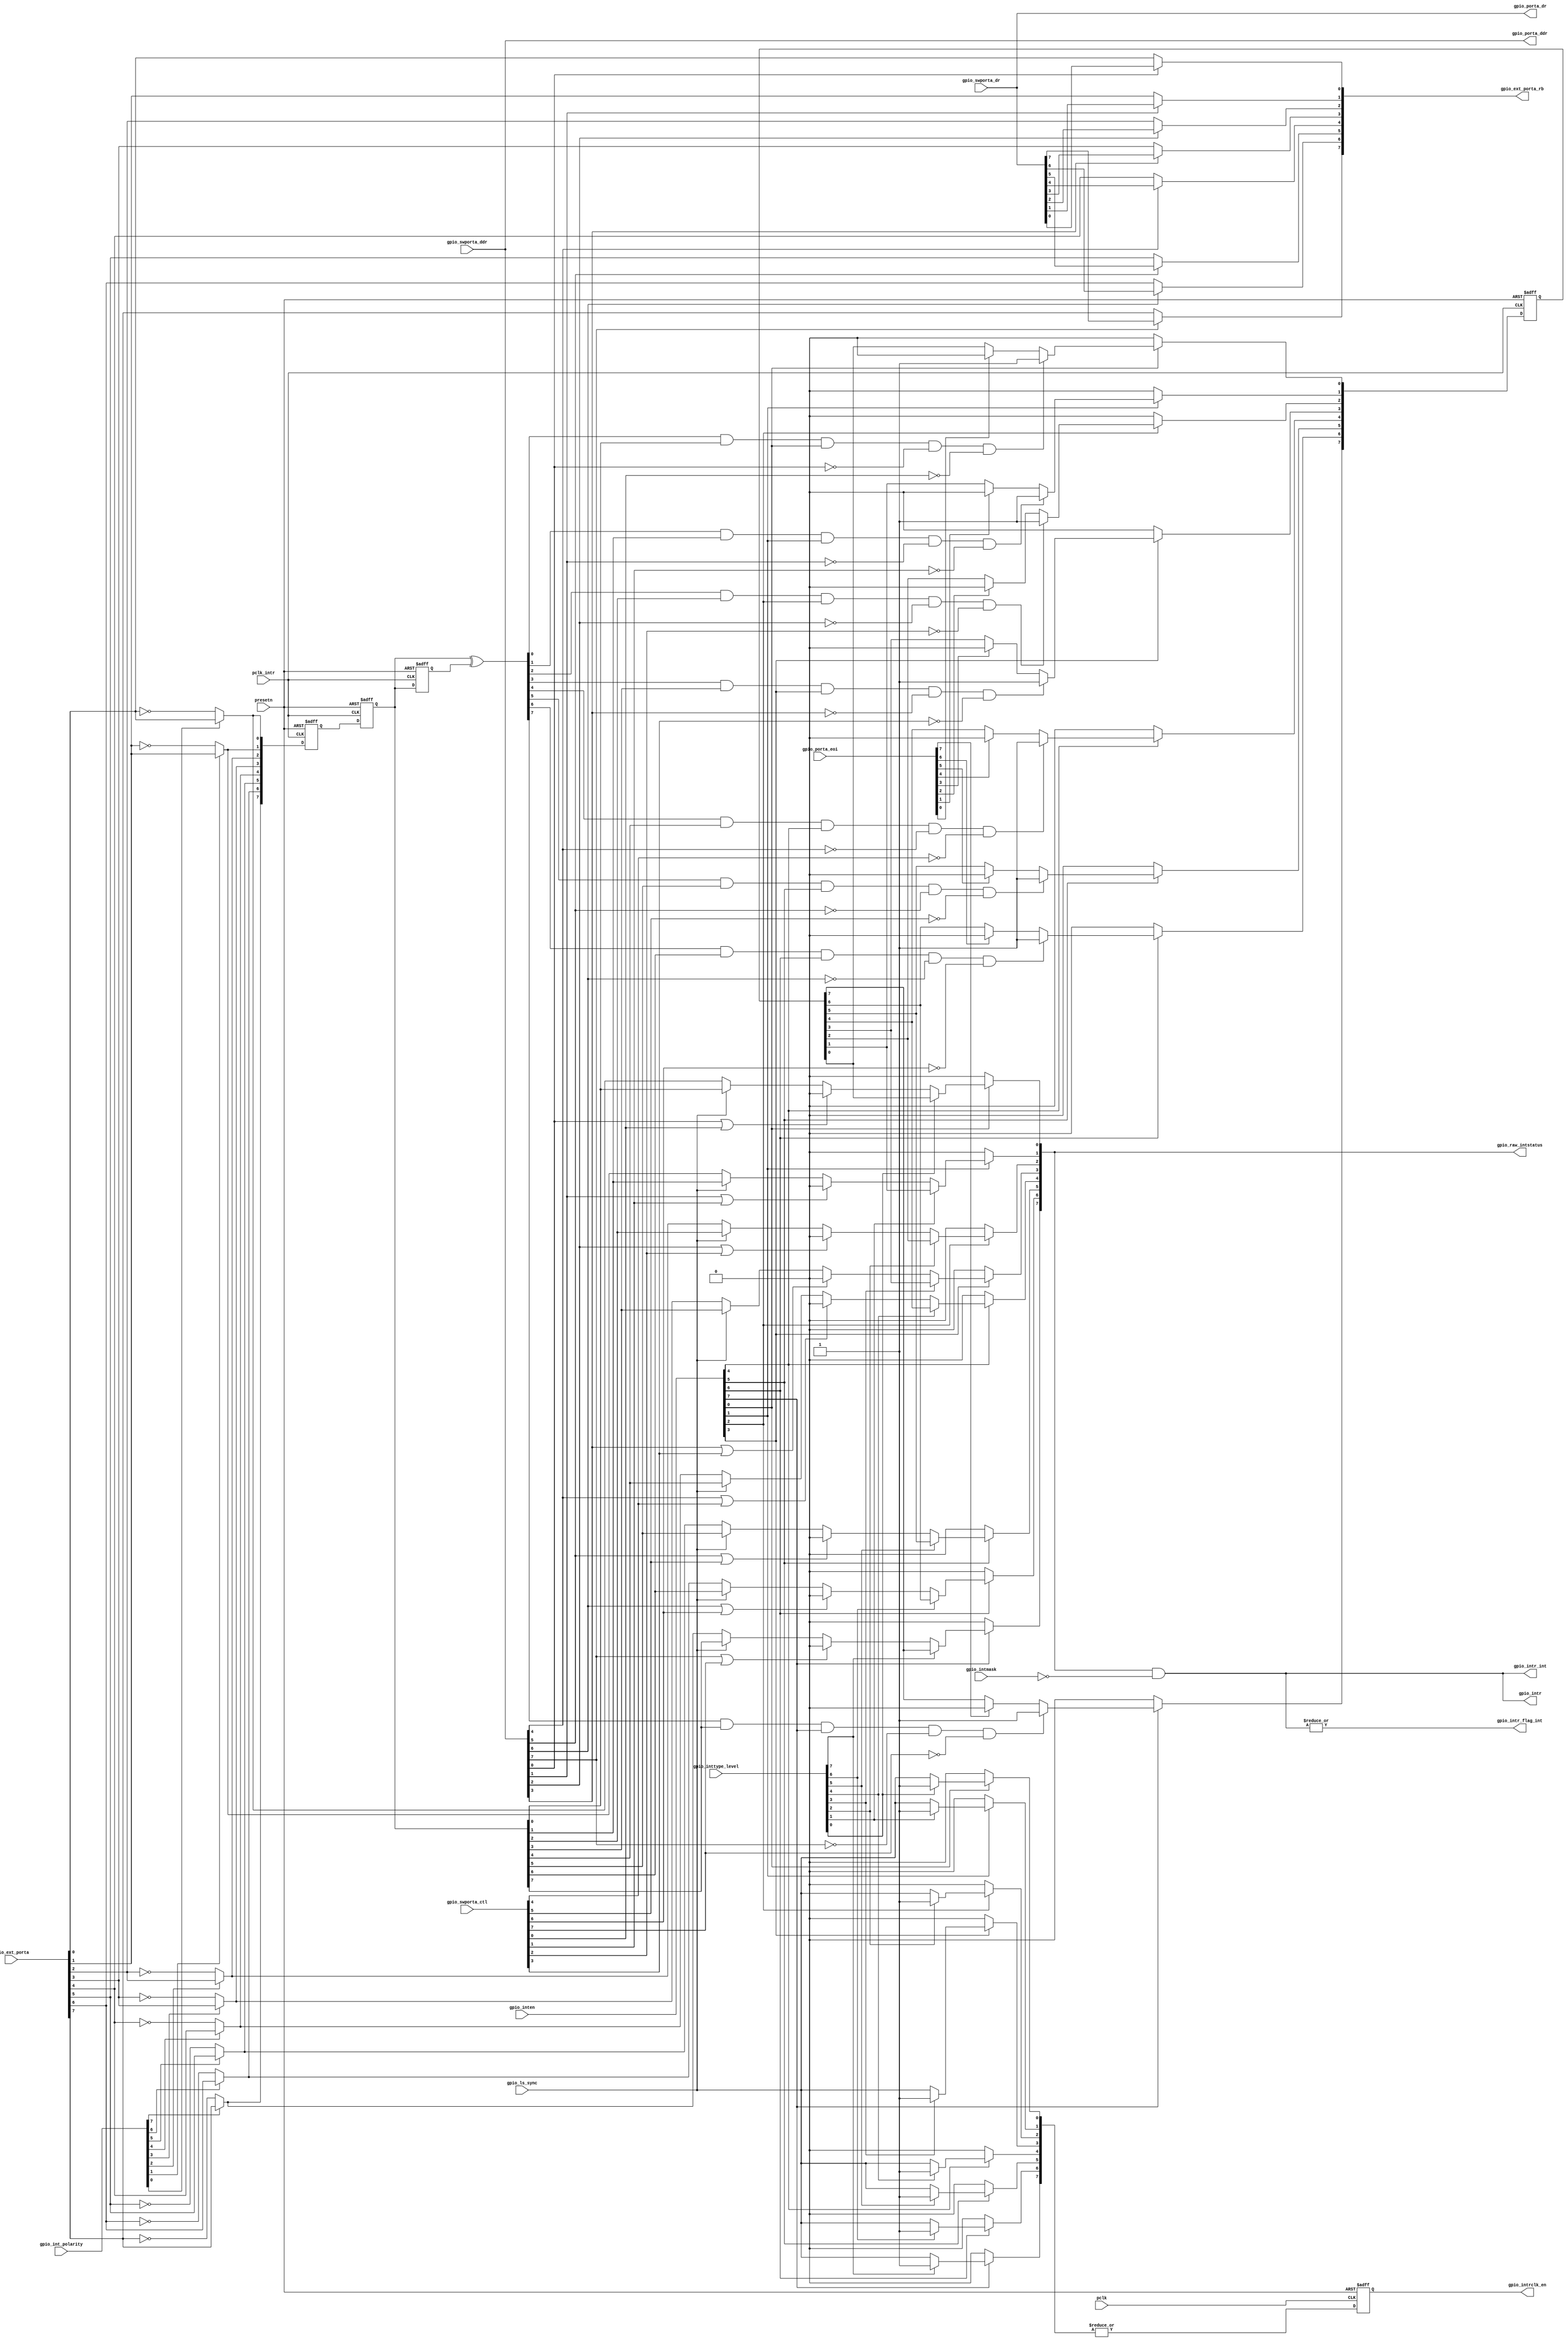
/*Copyright 2020-2021 T-Head Semiconductor Co., Ltd.

Licensed under the Apache License, Version 2.0 (the "License");
you may not use this file except in compliance with the License.
You may obtain a copy of the License at

    http://www.apache.org/licenses/LICENSE-2.0

Unless required by applicable law or agreed to in writing, software
distributed under the License is distributed on an "AS IS" BASIS,
WITHOUT WARRANTIES OR CONDITIONS OF ANY KIND, either express or implied.
See the License for the specific language governing permissions and
limitations under the License.
*/





















module gpio_ctrl(
  gpio_ext_porta,
  gpio_ext_porta_rb,
  gpio_int_polarity,
  gpio_inten,
  gpio_intmask,
  gpio_intr,
  gpio_intr_flag_int,
  gpio_intr_int,
  gpio_intrclk_en,
  gpio_inttype_level,
  gpio_ls_sync,
  gpio_porta_ddr,
  gpio_porta_dr,
  gpio_porta_eoi,
  gpio_raw_intstatus,
  gpio_swporta_ctl,
  gpio_swporta_ddr,
  gpio_swporta_dr,
  pclk,
  pclk_intr,
  presetn
);


input   [7:0]  gpio_ext_porta;           
input   [7:0]  gpio_int_polarity;        
input   [7:0]  gpio_inten;               
input   [7:0]  gpio_intmask;             
input   [7:0]  gpio_inttype_level;       
input          gpio_ls_sync;             
input   [7:0]  gpio_porta_eoi;           
input   [7:0]  gpio_swporta_ctl;         
input   [7:0]  gpio_swporta_ddr;         
input   [7:0]  gpio_swporta_dr;          
input          pclk;                     
input          pclk_intr;                
input          presetn;                  
output  [7:0]  gpio_ext_porta_rb;        
output  [7:0]  gpio_intr;                
output         gpio_intr_flag_int;       
output  [7:0]  gpio_intr_int;            
output         gpio_intrclk_en;          
output  [7:0]  gpio_porta_ddr;           
output  [7:0]  gpio_porta_dr;            
output  [7:0]  gpio_raw_intstatus;       


reg     [7:0]  ed_int_d1;                
reg     [7:0]  ed_out;                   
reg     [7:0]  gpio_ext_porta_int;       
reg     [7:0]  gpio_ext_porta_rb;        
reg     [7:0]  gpio_intr_ed_pm;          
reg            gpio_intrclk_en;          
reg     [7:0]  gpio_porta_ddr;           
reg     [7:0]  gpio_porta_dr;            
reg     [7:0]  int_gpio_raw_intstatus;   
reg     [7:0]  int_pre_in;               
reg     [7:0]  int_s1;                   
reg     [7:0]  int_sy_in;                
reg     [7:0]  intrclk_en;               
reg     [7:0]  ls_int_in;                


wire    [7:0]  ed_rf;                    
wire    [7:0]  gpio_ext_porta;           
wire    [7:0]  gpio_int_polarity;        
wire    [7:0]  gpio_inten;               
wire    [7:0]  gpio_intmask;             
wire    [7:0]  gpio_intr;                
wire           gpio_intr_flag_int;       
wire    [7:0]  gpio_intr_int;            
wire           gpio_intrclk_en_int;      
wire    [7:0]  gpio_inttype_level;       
wire           gpio_ls_sync;             
wire    [7:0]  gpio_porta_eoi;           
wire    [7:0]  gpio_raw_intstatus;       
wire    [7:0]  gpio_swporta_ctl;         
wire    [7:0]  gpio_swporta_ctl_internal; 
wire    [7:0]  gpio_swporta_ddr;         
wire    [7:0]  gpio_swporta_dr;          
wire    [7:0]  int_in;                   
wire           pclk;                     
wire           pclk_intr;                
wire           presetn;                  












integer type_i;

always @( gpio_inttype_level[1:0]
       or gpio_ls_sync
       or gpio_inten[7:0]
       or gpio_inttype_level[7:1])
begin

  for(type_i = 0 ; type_i < 8 ; type_i=type_i+1)
  begin
    if(gpio_inten[type_i] == 1'b1)
      if(gpio_inttype_level[type_i] == 1'b1)
        intrclk_en[type_i] = 1'b1;
      else
        intrclk_en[type_i] = gpio_ls_sync;
    else
      intrclk_en[type_i] = 1'b0;
  end

end

assign gpio_intrclk_en_int = | intrclk_en;

always@(posedge pclk or negedge presetn)
begin
  if(!presetn)
    gpio_intrclk_en <= 1'b0;
  else
    gpio_intrclk_en <= gpio_intrclk_en_int;
end



integer polarity_i;

always @( gpio_ext_porta[1:0]
       or gpio_int_polarity[7:0]
       or gpio_ext_porta[7:0]
       or gpio_int_polarity[1:0])
begin
  gpio_ext_porta_int[7:0] = {8{1'b0}};
  for(polarity_i = 0 ; polarity_i < 8 ; polarity_i=polarity_i+1)
  begin
    if(gpio_int_polarity[polarity_i] == 1'b0)
      gpio_ext_porta_int[polarity_i] =  ~gpio_ext_porta[polarity_i];
    else
      gpio_ext_porta_int[polarity_i] =  gpio_ext_porta[polarity_i];
  end

end


always @( gpio_ext_porta_int[7:0])
begin
  int_sy_in[7:0] = {8{1'b0}};
  int_sy_in[7:0] = gpio_ext_porta_int[7:0];

end


always @(posedge pclk_intr or negedge presetn)
begin
  if(!presetn)
    int_s1[7:0] <= {8{1'b0}};
  else
    int_s1[7:0] <= int_sy_in[7:0];
end

always @(posedge pclk_intr or negedge presetn)
begin 
  if(!presetn)
    int_pre_in[7:0] <= {8{1'b0}};
  else
    int_pre_in[7:0] <= int_s1;
end

assign int_in[7:0] = int_pre_in[7:0];


always @(posedge pclk_intr or negedge presetn)
begin
  if(!presetn)
    ed_int_d1[7:0] <= {8{1'b0}};
  else
    ed_int_d1[7:0] <= int_in[7:0];
end

assign ed_rf[7:0] = int_in ^ ed_int_d1;


integer ed_j;

always @( ed_rf[7:0]
       or int_in[7:0])
begin

  ed_out[7:0] = {8{1'b0}};
  for(ed_j = 0 ; ed_j < 8 ; ed_j=ed_j+1)
  begin
    ed_out[ed_j] =  ed_rf[ed_j] & int_in[ed_j];
  end

end






assign gpio_swporta_ctl_internal[7:0] = gpio_swporta_ctl[7:0];
integer int_k;
always @(posedge pclk_intr or negedge presetn)
begin
  if(!presetn)
    gpio_intr_ed_pm[7:0] <= {8{1'b0}};
  else
    for(int_k = 0 ; int_k < 8 ; int_k=int_k+1)
    begin
      if(gpio_inten[int_k] == 1'b0)
        gpio_intr_ed_pm[int_k] <= 1'b0;
      else
        if((ed_out[int_k] == 1'b1) &&
           (gpio_inten[int_k] == 1'b1) &&
           (gpio_swporta_ddr[int_k] == 1'b0) &&
           (gpio_swporta_ctl_internal[int_k] == 1'b0))
          gpio_intr_ed_pm[int_k] <= 1'b1;
      else
        if(gpio_porta_eoi[int_k] == 1'b1)
          gpio_intr_ed_pm[int_k] <= 1'b0;
    end
end





integer lsa_k;


always @( int_in[7:0]
       or gpio_swporta_ddr[7:0]
       or gpio_swporta_ctl_internal[2:0]
       or gpio_ls_sync
       or int_sy_in[7:0]
       or gpio_swporta_ctl_internal[7:2])
begin
  ls_int_in[7:0] = {8{1'b0}};
  for(lsa_k = 0 ; lsa_k < 8 ; lsa_k=lsa_k+1)
  begin
    if(((gpio_swporta_ddr[lsa_k]) == 1'b1) ||  
        (gpio_swporta_ctl_internal[lsa_k] == 1'b1))
      ls_int_in[lsa_k] = 0;
    else
      if(gpio_ls_sync == 1'b1)
        ls_int_in[lsa_k] = int_in[lsa_k];
      else
        ls_int_in[lsa_k] = int_sy_in[lsa_k];
  end

end


integer raw_l;


always @( gpio_inten[7:3]
       or gpio_intr_ed_pm[2:0]
       or gpio_intr_ed_pm[7:1]
       or gpio_inten[4:0]
       or gpio_inttype_level[7:0]
       or ls_int_in[7:0])
begin
  int_gpio_raw_intstatus[7:0] = {8{1'b0}};
  for(raw_l = 0 ; raw_l < 8 ; raw_l=raw_l+1)
  begin
    if(gpio_inten[raw_l] == 1'b0)
      int_gpio_raw_intstatus[raw_l] = 0;
    else
      if(gpio_inttype_level[raw_l] == 1'b1)
        int_gpio_raw_intstatus[raw_l] = gpio_intr_ed_pm[raw_l];
      else
        int_gpio_raw_intstatus[raw_l] = ls_int_in[raw_l];
  end

end

assign gpio_raw_intstatus[7:0] = int_gpio_raw_intstatus[7:0];
assign gpio_intr_int[7:0] = gpio_raw_intstatus[7:0] & ~gpio_intmask[7:0]; 
assign gpio_intr[7:0] = gpio_intr_int[7:0];

assign gpio_intr_flag_int = |gpio_intr_int[7:0];

always @( gpio_swporta_dr[7:0])
begin
  gpio_porta_dr[7:0] = {8{1'b0}};
  gpio_porta_dr[7:0] = gpio_swporta_dr[7:0];

end


always @( gpio_swporta_ddr[7:0])
begin
  gpio_porta_ddr[7:0] = {8{1'b0}};
  gpio_porta_ddr[7:0] = gpio_swporta_ddr[7:0];

end

integer rba_i;


always @( gpio_swporta_dr[2:1]
       or gpio_ext_porta[7:0]
       or gpio_swporta_dr[7:0]
       or gpio_porta_ddr[7:0])
begin
  gpio_ext_porta_rb[7:0] = {8{1'b0}};
  for(rba_i = 0 ; rba_i < 8 ; rba_i=rba_i+1)
  begin
    if(gpio_porta_ddr[rba_i] == 1'b1)
      gpio_ext_porta_rb[rba_i] = gpio_swporta_dr[rba_i];
    else
      gpio_ext_porta_rb[rba_i] = gpio_ext_porta[rba_i];
  end

end

integer rbb_i;


endmodule